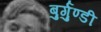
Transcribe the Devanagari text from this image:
बुर्गुण्डी